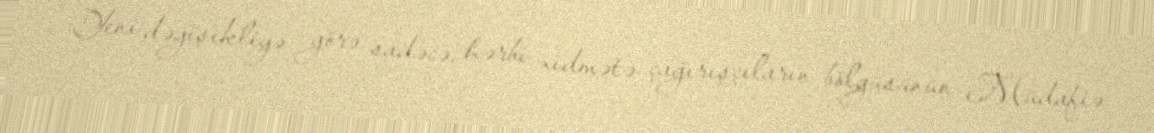
Yeni dəyişikliyə görə, sadəcə, hərbi xidmətə çağırışçıların bölgüsünün Müdafiə